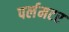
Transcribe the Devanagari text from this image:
पर्लमटर